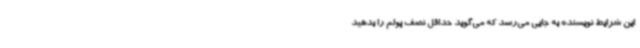
این شرایط نویسنده به جایی می‌رسد که می‌گوید حداقل نصف پولم را بدهید